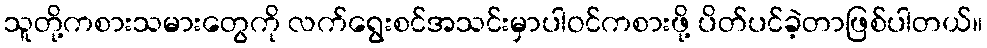
သူတို့ကစားသမားတွေကို လက်ရွေးစင်အသင်းမှာပါဝင်ကစားဖို့ ပိတ်ပင်ခဲ့တာဖြစ်ပါတယ်။